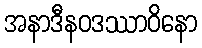
အနာဒီနဝဒဿာဝိနော